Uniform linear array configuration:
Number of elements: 48
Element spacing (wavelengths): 0.75
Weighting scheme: cosine
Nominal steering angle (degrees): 0
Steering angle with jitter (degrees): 1.599
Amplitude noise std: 0.05
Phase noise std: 0.05

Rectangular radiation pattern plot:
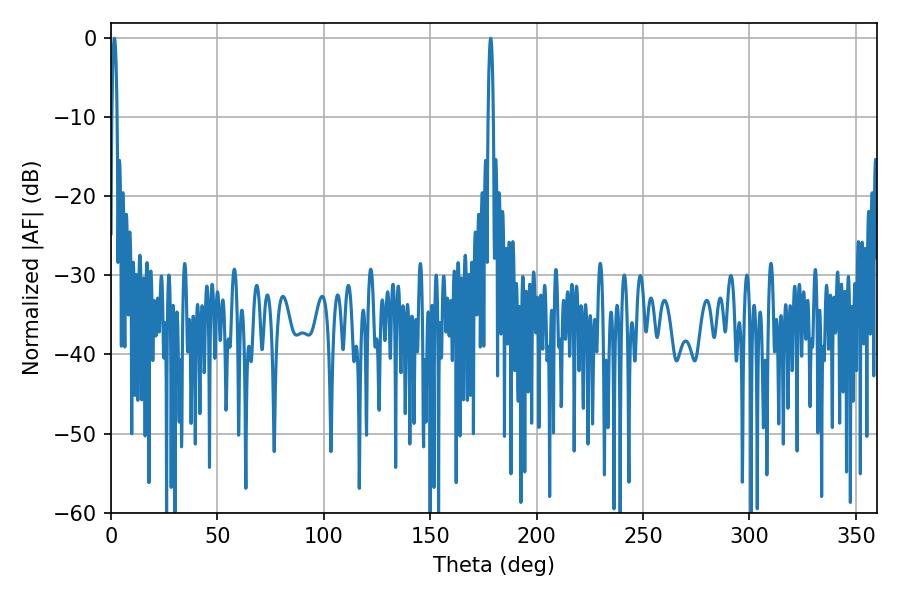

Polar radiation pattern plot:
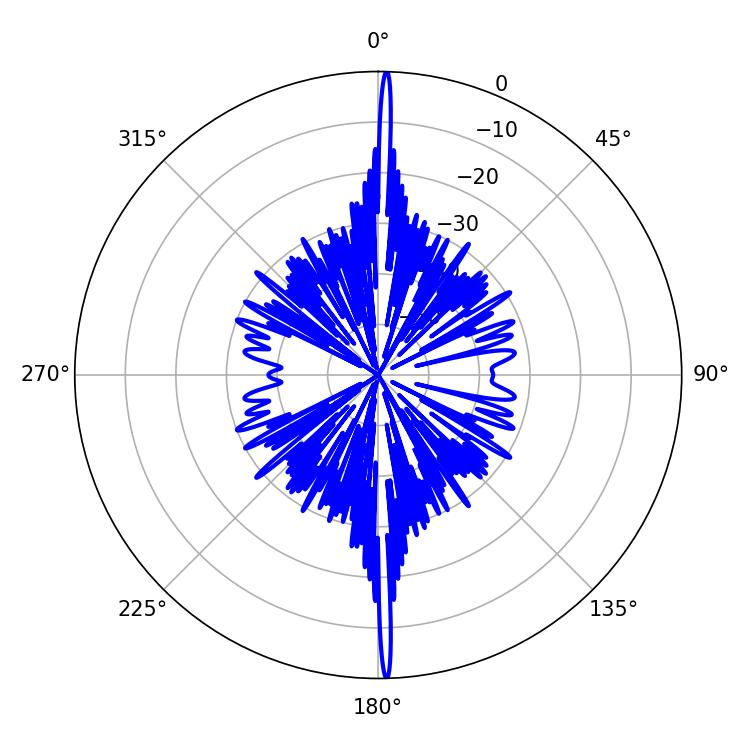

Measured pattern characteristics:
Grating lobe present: TRUE
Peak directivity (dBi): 31.118
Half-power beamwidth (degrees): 1.26
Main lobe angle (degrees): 1.62